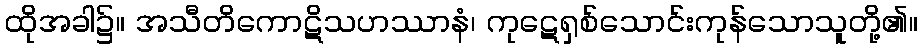
ထိုအခါ၌။ အသီတိကောဋိသဟဿာနံ၊ ကုဋေရှစ်သောင်းကုန်သောသူတို့၏။